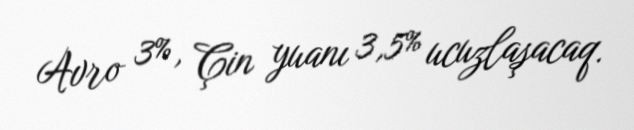
Avro 3%, Çin yuanı 3,5% ucuzlaşacaq.